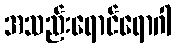
အသည်းရောင်ရောဂါ